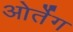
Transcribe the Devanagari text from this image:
ओर्तेग